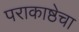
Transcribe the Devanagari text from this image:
पराकाष्ठेचा